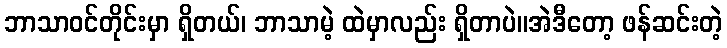
ဘာသာဝင်တိုင်းမှာ ရှိတယ်၊ ဘာသာမဲ့ ထဲမှာလည်း ရှိတာပဲ။အဲဒီတော့ ဖန်ဆင်းတဲ့